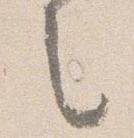
之